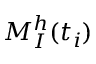
M _ { I } ^ { h } ( t _ { i } )